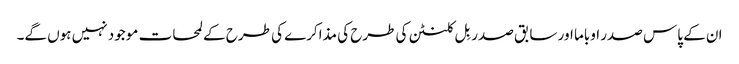
ان کے پاس صدر اوباما اور سابق صدر بِل کلنٹن کی طرح کی مذاکرے کی طرح کے لمحات موجود نہیں ہوں گے۔